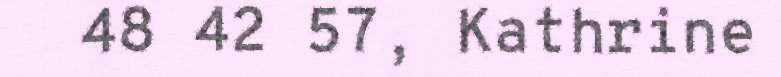
48 42 57, Kathrine